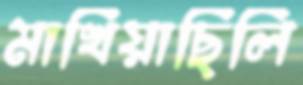
মাখিয়াছিলি